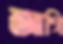
আগি